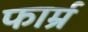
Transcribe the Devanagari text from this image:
फार्म्र